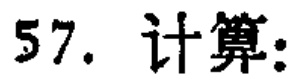
57. 计算：